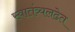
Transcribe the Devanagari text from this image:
स्वातंत्र्यलढेत